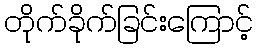
တိုက်ခိုက်ခြင်းကြောင့်